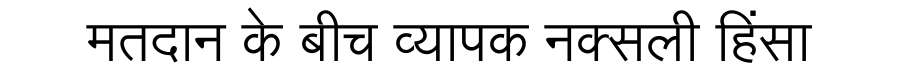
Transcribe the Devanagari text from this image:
मतदान के बीच व्यापक नक्सली हिंसा